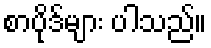
စာပိုဒ်များ ပါသည်။